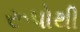
રૂપોથી